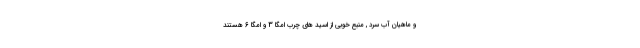
و ماهیان آب سرد , منبع خوبی از اسید های چرب امگا 3 و امگا 6 هستند